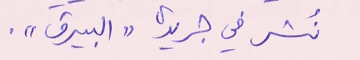
نُشر في جريدة "البيرق".